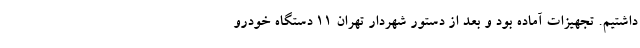
داشتیم. تجهیزات آماده بود و بعد از دستور شهردار تهران ۱۱ دستگاه خودرو